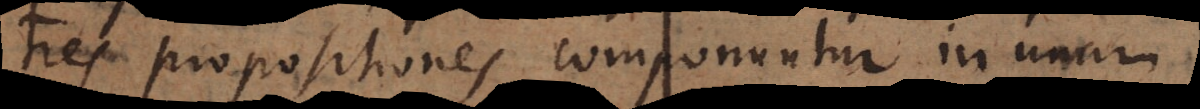
tres propositiones componuntur in unam